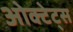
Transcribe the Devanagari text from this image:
ओक्टेट्स